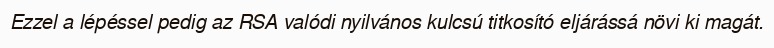
Ezzel a lépéssel pedig az RSA valódi nyilvános kulcsú titkosító eljárássá növi ki magát.